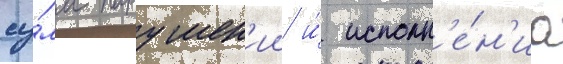
су́мм нарушен'ии и́ исполн'е́н'иа